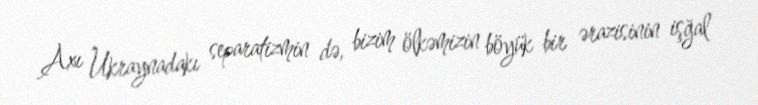
Axı Ukraynadakı separatizmin də, bizim ölkəmizin böyük bir ərazisinin işğal